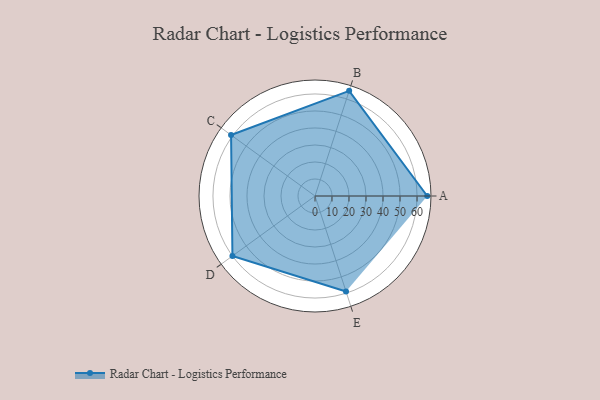
{"axis": {"x": "Skill", "y": "Score"}, "legend": ["Profile"], "data": [{"x": "A", "y": 66.0, "type": "Profile"}, {"x": "B", "y": 65.0, "type": "Profile"}, {"x": "C", "y": 61.0, "type": "Profile"}, {"x": "D", "y": 60.0, "type": "Profile"}, {"x": "E", "y": 59.0, "type": "Profile"}]}